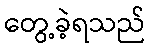
တွေ့ခဲ့ရသည်